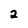
Character: 2